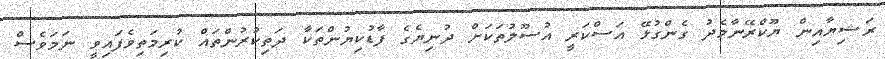
ރަޝިޔާއިން ޔޫކްރޭނާމެދު ގެންގުޅޭ އަސްކަރީ އުސޫލުތަކަށް ދުނިޔެގެ ފާޑުކިޔުންތަކާ ދަތިކުރުންތައް ކުރިމަތިވެފައިވީ ނަމަވެސް